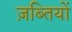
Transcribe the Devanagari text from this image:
ज़ब्तियों